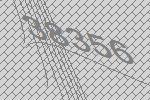
38356